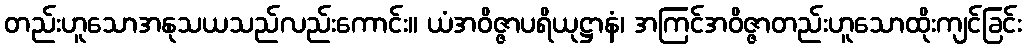
တည်းဟူသောအနုသယသည်လည်းကောင်း။ ယံအဝိဇ္ဇာပရိယုဋ္ဌာနံ၊ အကြင်အဝိဇ္ဇာတည်းဟူသောထိုးကျင်ခြင်း